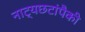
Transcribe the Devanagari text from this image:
नाट्यछटांपैकी